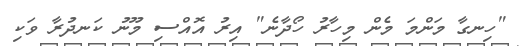
"ހިނގާ މަންމަ މެން މިހާރު ހޯދާނެ" އިރު އޮއްސި މޫނު ކަނދުރާ ވަކި